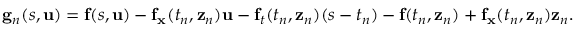
\mathbf { g } _ { n } ( s , \mathbf { u } ) = \mathbf { f } ( s , \mathbf { u } ) - \mathbf { f } _ { \mathbf { x } } ( t _ { n } , \mathbf { z } _ { n } ) \mathbf { u } - \mathbf { f } _ { t } ( t _ { n } , \mathbf { z } _ { n } ) ( s - t _ { n } ) - \mathbf { f } ( t _ { n } , \mathbf { z } _ { n } ) + \mathbf { f } _ { \mathbf { x } } ( t _ { n } , \mathbf { z } _ { n } ) \mathbf { z } _ { n } .